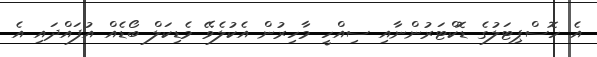
އެ ހޮސްޕިޓަލުގެ ޑޮކްޓަރުންނާއި ސިއްހީ މާހިރުން އެކުލެވޭ މެޑިކަލް ބޯޑެއް އުފައްދައި އެ